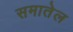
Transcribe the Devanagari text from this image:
समातेल